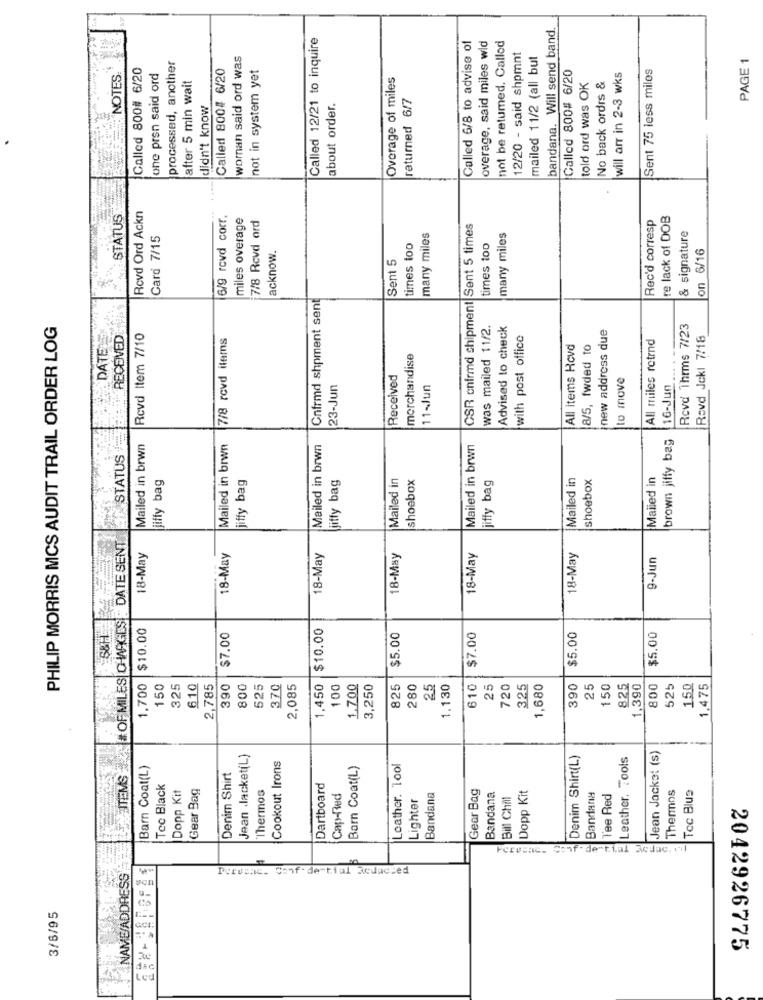
bandana. Will send band
Called 12/21 to inquire
Called 6/8 to advise of
overage, said miles wld
not be retumed. Callod
processed, another
woman said ord was
12/20 - said shpmnt
mailed 11/2 (all but
PAGE 1
Called 800# 6/20
Called 800# 6/20
not in system yet
Sent 75 less miles
NOTES.
Jone pren said ord
after 5 min wait
Overage of miles
Called 800# 6/20
|will arr in 2-3 wks
told ord was OK
No back ordrs &
returned 6/7
didn't know
about order.
STATUS
Rovd Ord Ackn
6/9 rovd corr.
miles overage
7/8 Rcvd ord
Rec'd corresp
re lack of DOB
CSR cnfrmd shipment Sent 5 times
Card 7/15
many miles
many miles
& signature
times too
times too
on 6/16
acknow.
Sent 5
Cnfrmd shpment sent
PHILIP MORRIS MCS AUDIT TRAIL ORDER LOG
was mailed 11/2
Advised to check
new address due
Rcvd Thrms 7/23
DATE
RECEIVED
Rcvd Item 7/10
7/8 rovd items
with post office
All miles retrnd
Rovd Jekl 7/18
All Items Hcvd
8/5, fwded to
merchandise
Received
to move
23-Jun
11-Jun
16-Jun
Mailed in brwn
brown jiffy bag
Mailed in brwn
Mailed in brwn
Mailed in brwn
STATUS
jiffy bag
jiffy bag
jiffy bag
Mailed in
shoebox
jiffy bag
Mailed in
shoebox
Mailed in
NEOF MILES OHWAGES . DATE SENT
18-May
18-May
18-May
18-May
18-May
18-May
9-Jun
S&H
$10.00
$10.00
$7.00
$5.00
$7.00
$5.00
$5.00
1,700
150
325
610
2,785
390
300
625
370
2,085
1,450
100
1.700
3,250
825
280
25
1.130
610
25
720
325
1,680
390
25
150
825
1,390
800
525
150
1,475
Jean Jacket(L)
Denim Shirt(L)
Leather. Tools
Jean Jacket (s)
Barn Coat(L)
Cookout Irons
Barn Coat(L)
Leather. lool
ITEMS
Denim Shirt
Tee Black
Dopp Kit
Gear Bag
Thermos
|Dartboard
Gear Bag
Thermos
Tec Blue
Cap-Red
Lighter
Bandana
Bandana
Bill Chill
Dopp Kit
Bandana
Tee Red
NAME/ADDRESS
Pervenc. Conf- dertial Redacced
3/6/95
Co
2042926775
dac
Led